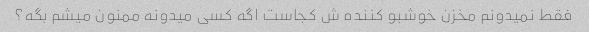
فقط نمیدونم مخزن خوشبو کننده ش کجاست اگه کسی میدونه ممنون میشم بگه؟